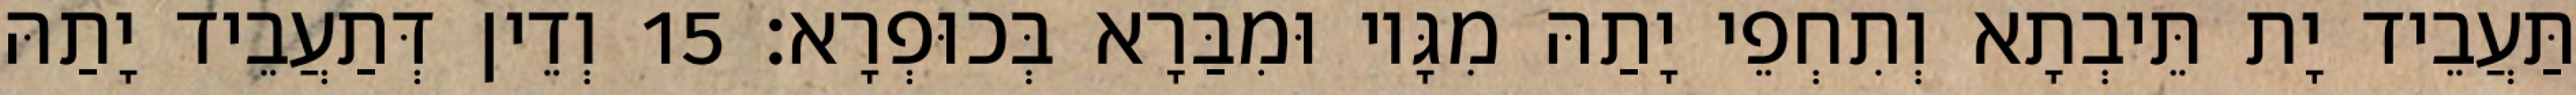
תַּעֲבֵיד יָת תֵּיבְתָא וְתִחְפֵי יָתַהּ מִגָּיו וּמִבַּרָא בְּכוּפְרָא׃ 15 וְדֵין דְּתַעֲבֵיד יָתַהּ